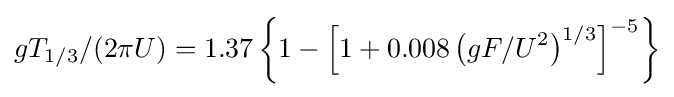
gT_{1/3}/(2\pi U)=1.37\left\{1-\left[1+0.008\left(gF/U^{2}\right)^{1/3}\right]^{-5}\right\}